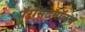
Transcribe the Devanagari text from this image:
पॅरसिटमॉलचे